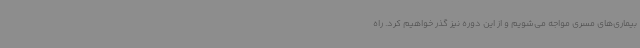
بیماری‌های مسری مواجه می‌شویم و از این دوره نیز گذر خواهیم کرد. راه